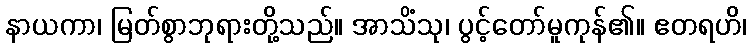
နာယကာ၊ မြတ်စွာဘုရားတို့သည်။ အာသိံသု၊ ပွင့်တော်မူကုန်၏။ ဧတရဟိ၊